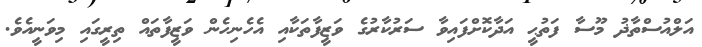
އަލްއުސްތާޛު މޫސާ ފަތުޙީ އަދާކޮށްފައިވާ ސަރުކާރުގެ ވަޒީފާތަކާއި އެހެނިހެން ވަޒީފާތައް ތިރީގައި މިވަނީއެވެ.